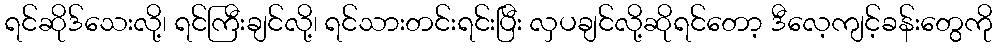
ရင်ဆိုဒ်သေးလို့၊ ရင်ကြီးချင်လို့၊ ရင်သားတင်းရင်းပြီး လှပချင်လို့ဆိုရင်တော့ ဒီလေ့ကျင့်ခန်းတွေကို